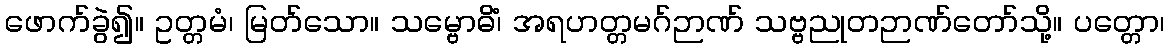
ဖောက်ခွဲ၍။ ဥတ္တမံ၊ မြတ်သော။ သမ္ဗောဓိံ၊ အရဟတ္တမဂ်ဉာဏ် သဗ္ဗညုတဉာဏ်တော်သို့။ ပတ္တော၊